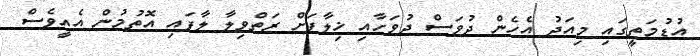
އުޑުމަތީގައި މިއަދު އެހެން ދުވަސް ދުވަހާއި ޚިލާފަށް ރަތްވިލާ ލާފައި އޮތުމުން އެއީވެސް